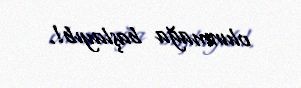
olunmağa başlayıb!.